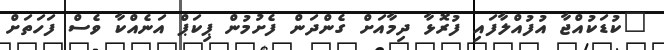
"ކުޑަކުއްޖާ އުފުއްލާފައި ފުރޮޅާ ދިމާއަށް ގެންދަން ފެށުމުން ޕިކަޕް އަނެއްކާ ވެސް ފަހަތަށް